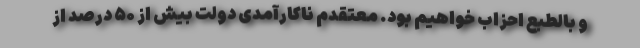
و بالطبع احزاب خواهیم بود. معتقدم ناکارآمدی دولت بیش از ۵۰ درصد از